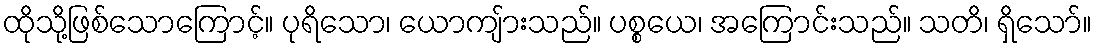
ထိုသို့ဖြစ်သောကြောင့်။ ပုရိသော၊ ယောကျ်ားသည်။ ပစ္စယေ၊ အကြောင်းသည်။ သတိ၊ ရှိသော်။